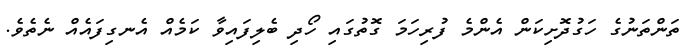
ތަންތަނުގެ ހަގުދޮށިކަން އެންމެ ފުރިހަމަ ގޮތުގައި ހޯދި ބެލިފައިވާ ކަމެއް އެނގިފައެއް ނެތެވެ.